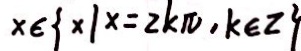
x \in \{ x \vert x = 2 k \pi , k \in z \}